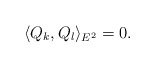
\begin{align*} \langle Q_k,Q_l\rangle_{E^2} = 0.\end{align*}